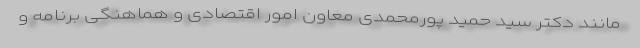
مانند دکتر سید حمید پورمحمدی معاون امور اقتصادی و هماهنگی برنامه و